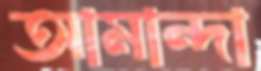
আমান্দা